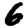
Digit: 6